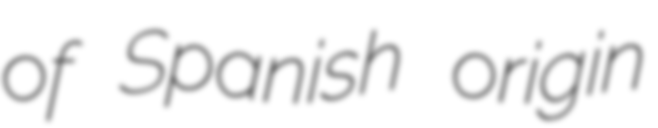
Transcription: of Spanish origin